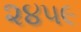
૨૪૫૯